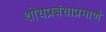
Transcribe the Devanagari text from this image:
शोधप्रबंधाप्रमाणे